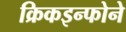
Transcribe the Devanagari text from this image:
क्रिकइन्फोने